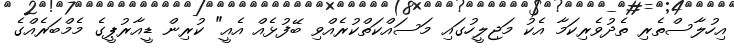
އިހުލާސްތެރި ތެދުވެރިކަމާ އެކު މަޖިލީހުގައި މަސައްކަތްކުރެއްވި ބޭފުޅެއް އެއީ" ކުރިން ޑީއާރުޕީގެ މެމްބަރެއްގެ